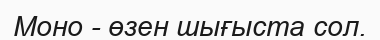
Моно - өзен шығыста сол.